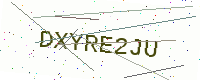
Text: DXYRE2JU